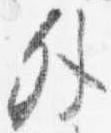
外